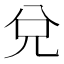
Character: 兌